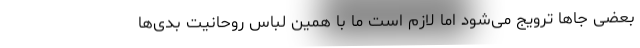
بعضی جاها ترویج می‌شود اما لازم است ما با همین لباس روحانیت بدی‌ها